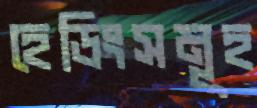
হেডিংসমূহ